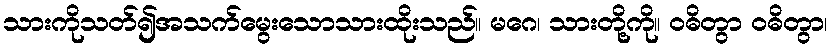
သားကိုသတ်၍အသက်မွေးသောသားထိုးသည်။ မဂေ၊ သားတို့ကို။ ဝဓိတွာ ဝဓိတွာ၊